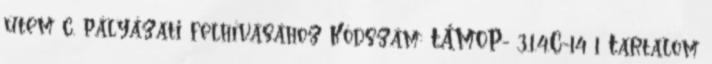
ütem c. pályázati felhívásához Kódszám: TÁMOP- 3.1.4.C-14 1 Tartalom